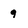
Character: 9